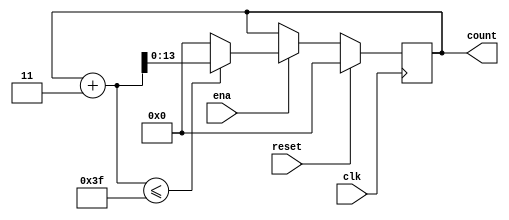
`define SIMULATION_MEMORY

module counter_63_3 (
	input clk,
	input reset,
	input ena,
	output reg [13:0] count
);

always @ (posedge clk) begin 
	if (reset) begin
		count <= 0;
	end else if (ena) begin
		if((count + 3) <= 63) begin
			count <= count + 3;
		end else begin
			count <= 14'd0;
		end
	end
end

endmodule